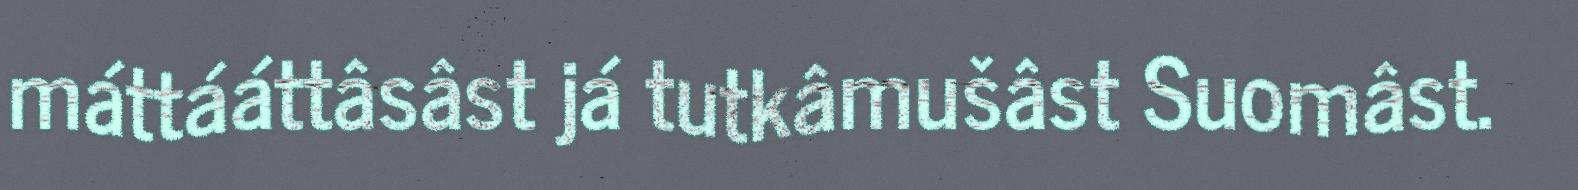
máttááttâsâst já tutkâmušâst Suomâst.